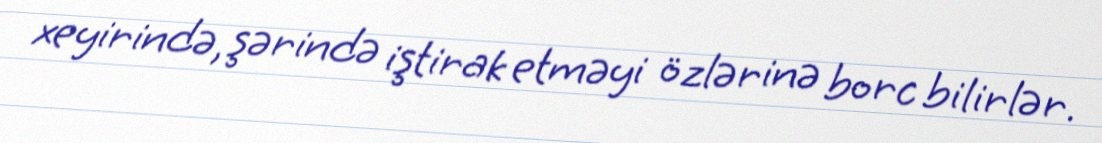
xeyirində, şərində iştirak etməyi özlərinə borc bilirlər.